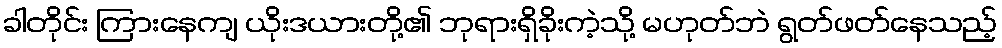
ခါတိုင်း ကြားနေကျ ယိုးဒယားတို့၏ ဘုရားရှိခိုးကဲ့သို့ မဟုတ်ဘဲ ရွတ်ဖတ်နေသည့်